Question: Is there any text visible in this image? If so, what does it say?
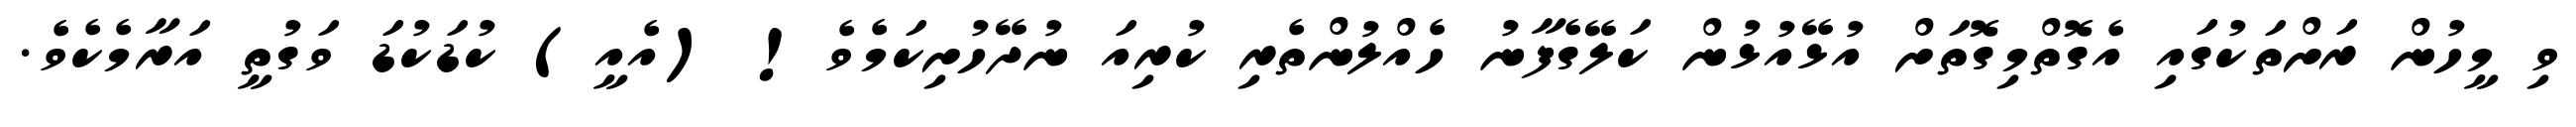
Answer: ވި މީހުން ރަށްތަކުގައި އެގޮތްމިގޮތަށް އުޅޭއުޅުން ކަލޭގެފާނު ހެއްލުންތެރި ކުރިއަ ނުދޭހުށިކަމެވެ! (އެއީ) ކުޑަކުޑަ ވަގުތީ އަރާމެކެވެ.